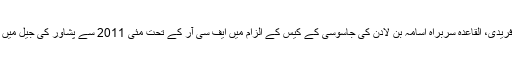
شکیل آفریدی، القاعدہ سربراہ اسامہ بن لادن کی جاسوسی کے کیس کے الزام میں ایف سی آر کے تحت مئی 2011 سے پشاور کی جیل میں قید ہیں۔